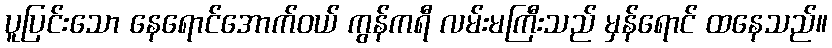
ပူပြင်းသော နေရောင်အောက်ဝယ် ကွန်ကရီ လမ်းမကြီးသည် မှန်ရောင် ထနေသည်။